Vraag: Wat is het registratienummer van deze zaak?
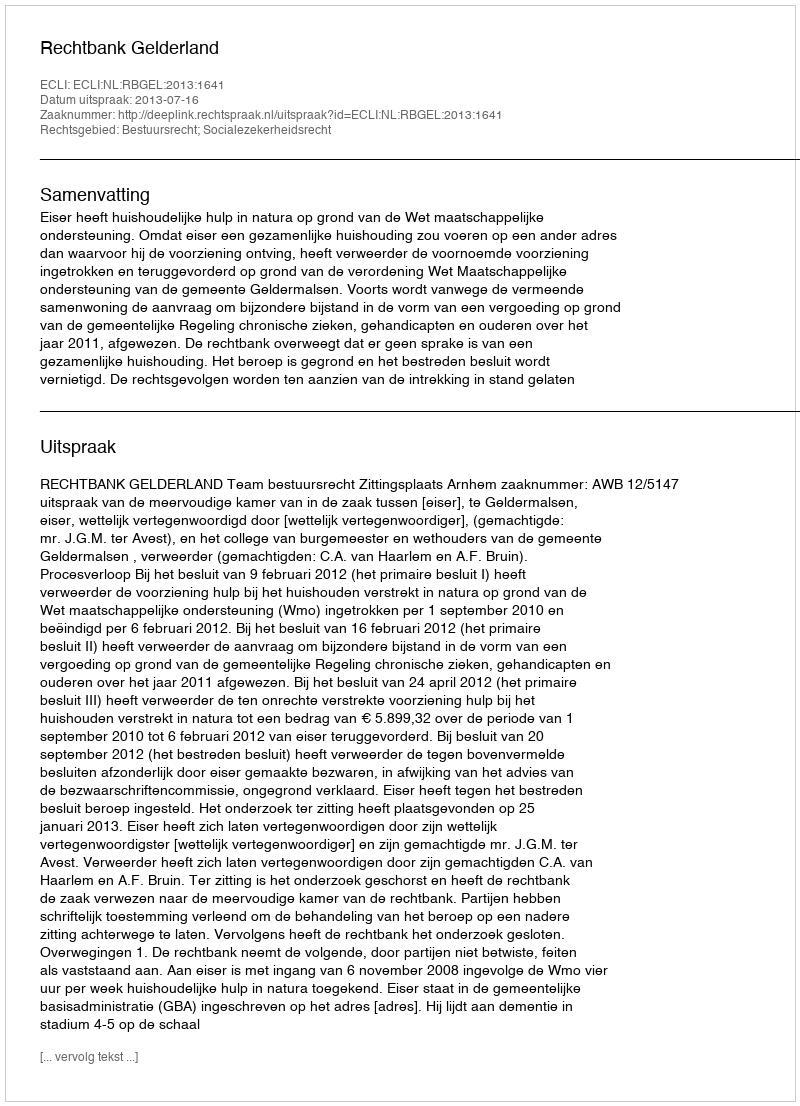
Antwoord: http://deeplink.rechtspraak.nl/uitspraak?id=ECLI:NL:RBGEL:2013:1641